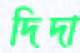
দিদা